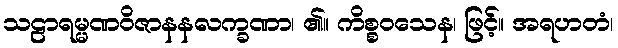
သဠာရမ္မဏဝိဇာနနလက္ခဏာ၊ ၏။ ကိစ္စဝသေန၊ ဖြင့်။ အရဟတံ၊